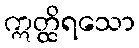
ဣတ္ထိရသော